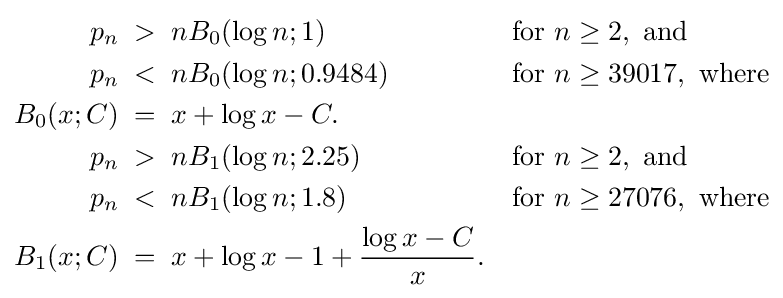
{\begin{aligned}p_{n}\;&>\;nB_{0}(\log n;1)&&{\text{for }}n\geq 2,{\text{ and}}\\p_{n}\;&<\;nB_{0}(\log n;0.9484)&&{\text{for }}n\geq 39017,{\text{ where}}\\B_{0}(x;C)\;&=\;x+\log x-C.\\p_{n}\;&>\;nB_{1}(\log n;2.25)&&{\text{for }}n\geq 2,{\text{ and}}\\p_{n}\;&<\;nB_{1}(\log n;1.8)&&{\text{for }}n\geq 27076,{\text{ where}}\\B_{1}(x;C)\;&=\;x+\log x-1+{\frac {\log x-C}{x}}.\end{aligned}}